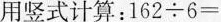
用竖式计算：162{\div} 6=